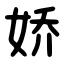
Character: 娇